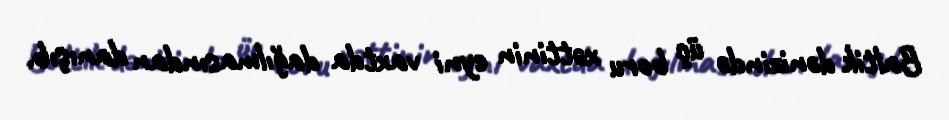
Baltik dənizində üç boru xəttinin eyni vaxtda dağılmasından danışıb.